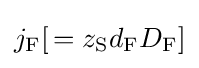
j_{\mathrm {F} }[\,=z_{\mathrm {S} }d_{\mathrm {F} }D_{\mathrm {F} }]